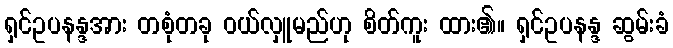
ရှင်ဥပနန္ဒအား တစုံတခု ဝယ်လှူမည်ဟု စိတ်ကူး ထား၏။ ရှင်ဥပနန္ဒ ဆွမ်းခံ